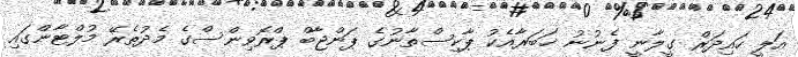
އަލީ ހައިދަރް ގީލާނީ ފެނުނު ޚަބަރާއެކު ޕާކިސްތާނުގެ ޕަންޖާބް ޕްރޮވިންސްގެ މެދުތެރޭ މުލްޓާންގައި